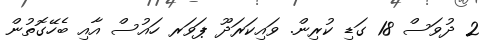
2 ދުވަސް 18 ގަޑި ކުރިން. ވައިކަރަދޫ ޕަވަރ ހައުސް އާއި ބެހޭގޮތުން